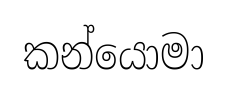
කන්යොමා